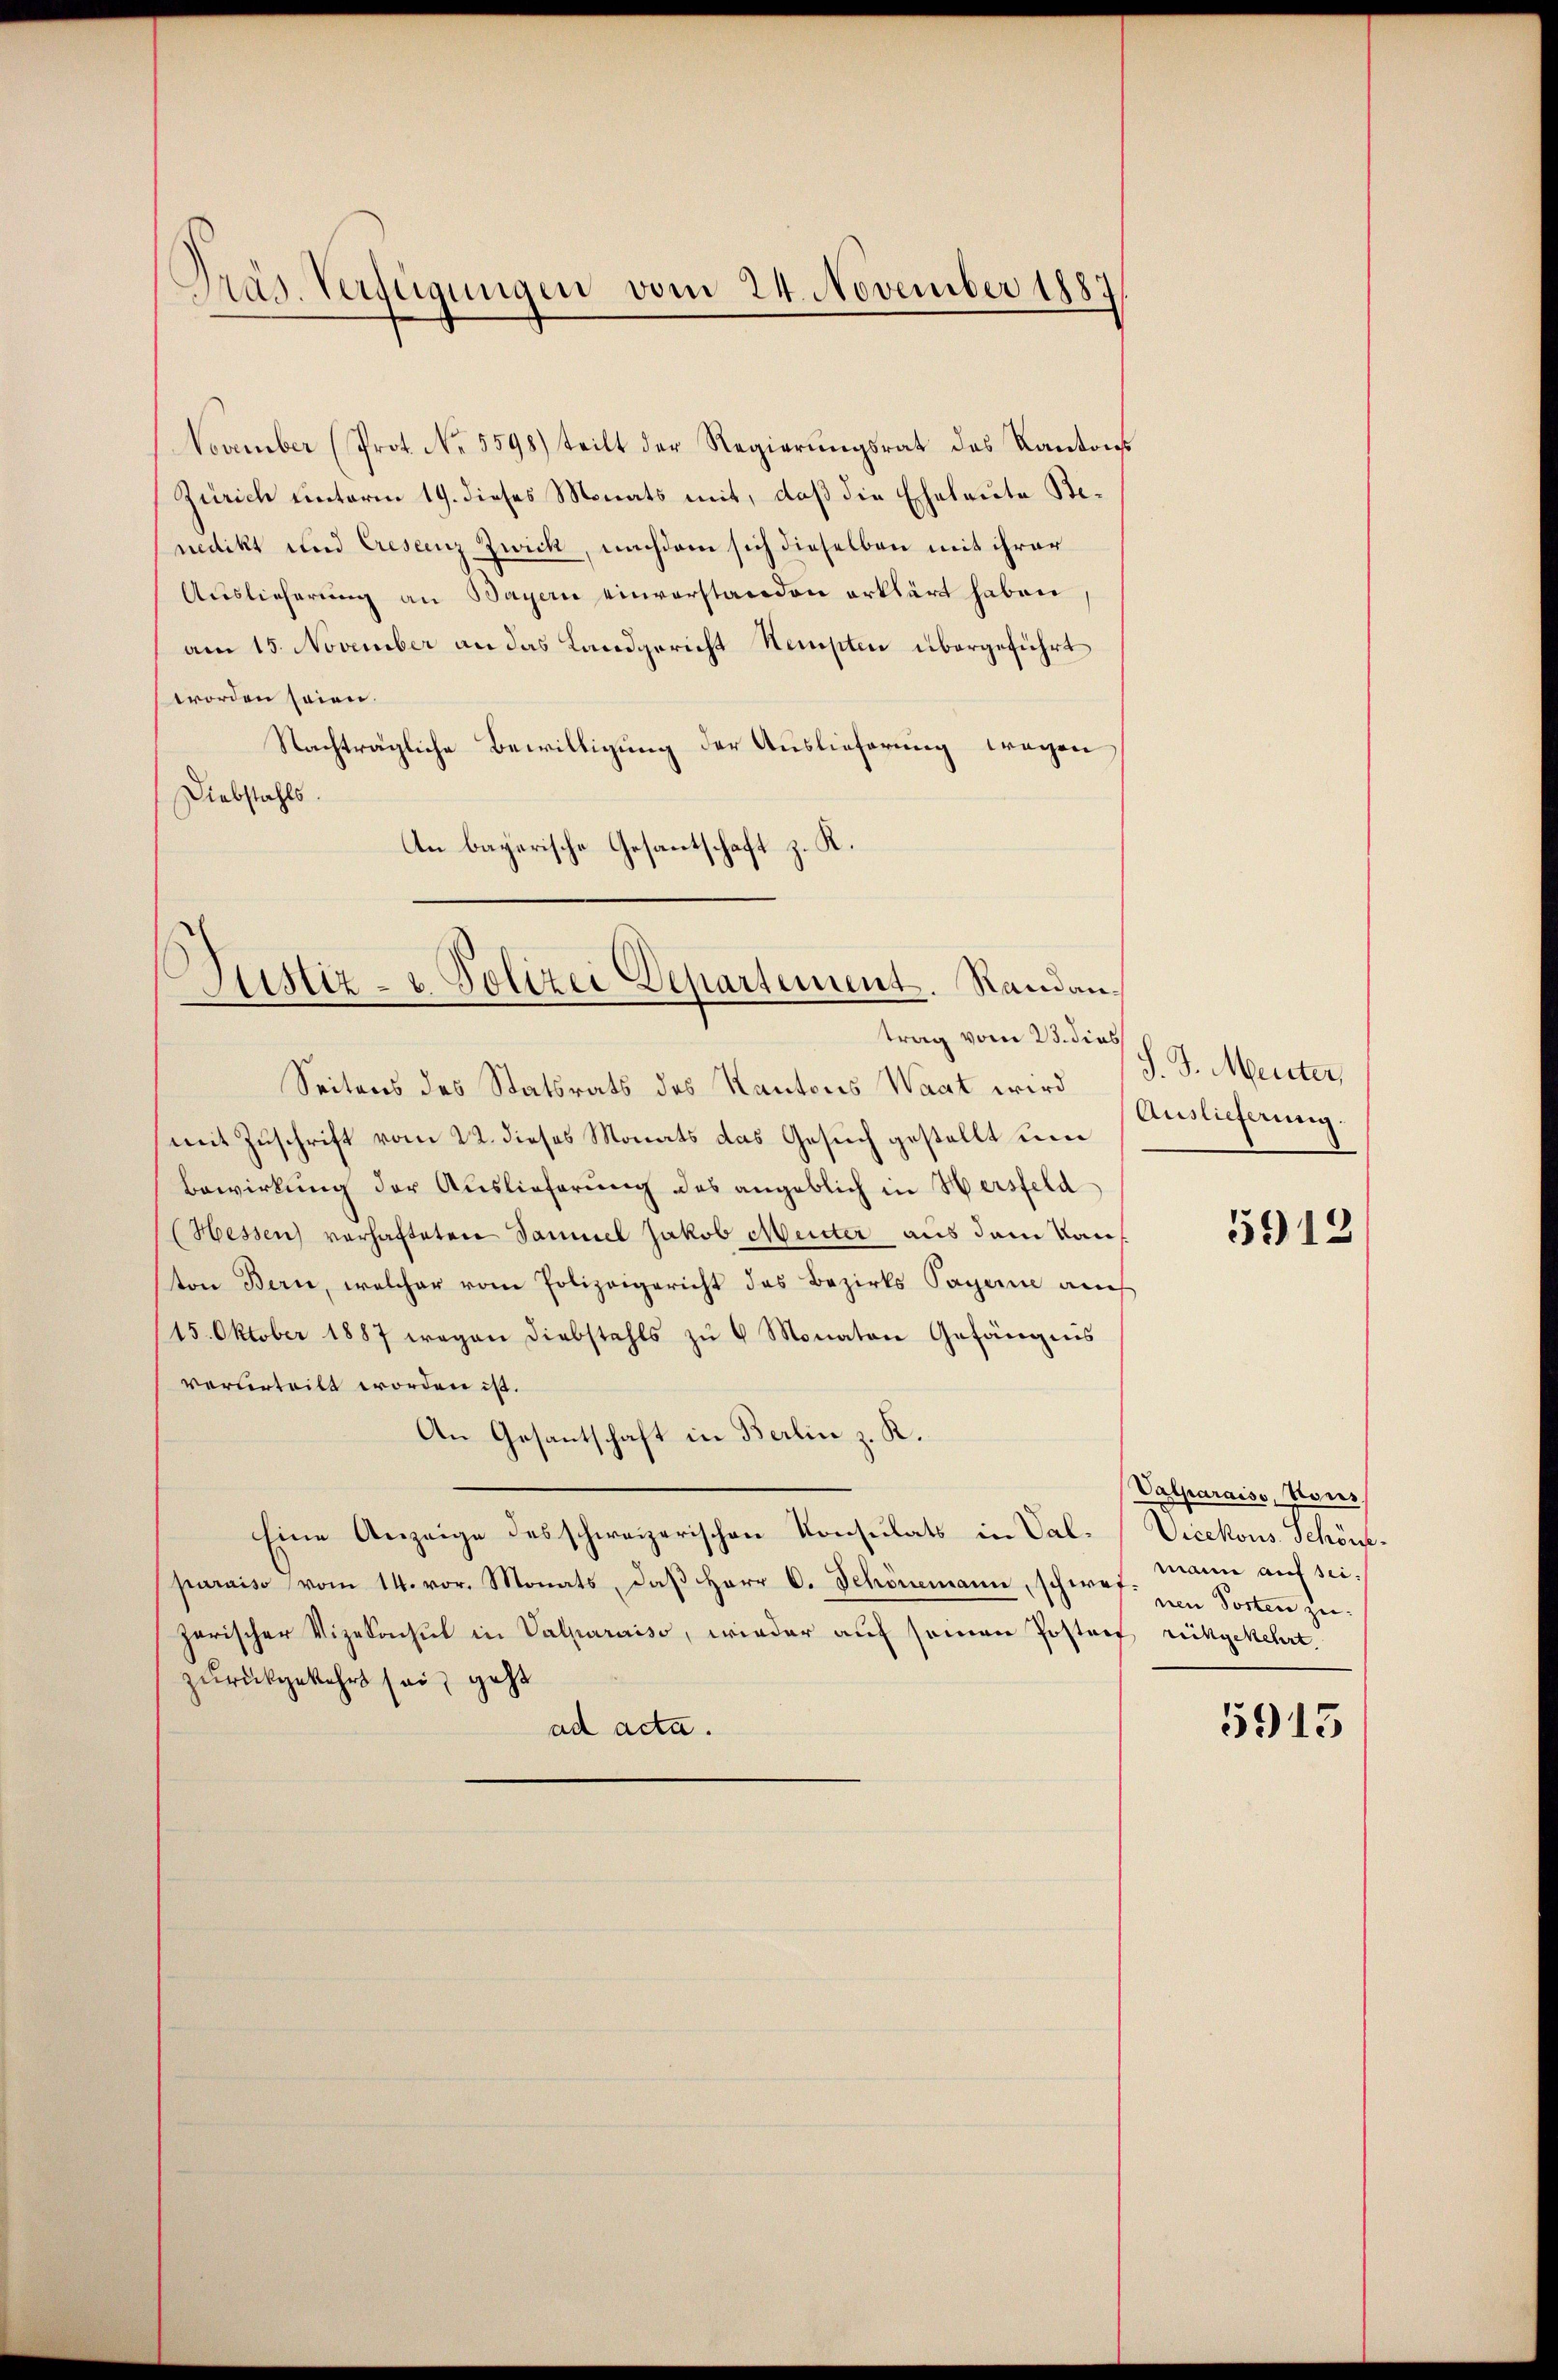
November (Prot. No. 5598) teilt der Regierungsrat des Kantons
Zürich unterm 19. dieses Monats mit, daß die Eheleute Benedikt und Crescenz Zwick, nachdem sich dieselben mit ihrer
Auslieferung an Bayern einverstanden erklärt haben
am 15. November an das Landgericht Stempten übergeführt
worden seien.
Nachträgliche Bewilligung der Auslieferung wegen
Diebstahls.
An bayerische Gesantschaft z. K.

Präs. Verfügungen vom 24. November 1887

Justiz- u Polizei Departement. Randan¬

trag vom 23. dies
Seitens des Statsrats des Kantons Waat wird (J. J. Menter,
mit Zuschrift vom 22. dieses Monats das Gesuch gestellt um Auslieferung.
Bewirkung der Auslieferung des angeblich in Hersfeld
Hessen) vorhafteten Samuel Jakob Meister aus dem Kanton Bern, welcher vom Polizeigericht des Bezirks Sagen auf
15. Oktober 1887 wegen Diebstahls zŭ 4 Monaten Gefängnis
verurteilt worden ist.
An Gesantschaft in Berlin z. K.
Eine Anzeige des schweizerischen Konsulats in Salparaiso vom 14. vor. Monats, daß Herr C. Schönemann, schwefzarischer Vizekochet in Valparaiso, wieder auf seinen Postanz rückgekehrt.
zurückgekehrt sei, geht
ad acta.

5912

Valparais, von
Vicekons Schön.
mann auf sei.
nen Posten zu.
5915